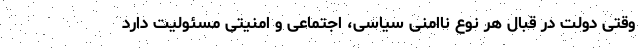
وقتی دولت در قبال هر نوع ناامنی سیاسی، اجتماعی و امنیتی مسئولیت دارد